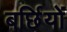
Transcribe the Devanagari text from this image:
बर्छियों